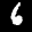
Label: 6